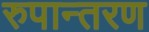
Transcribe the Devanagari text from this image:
रुपान्‍तरण